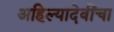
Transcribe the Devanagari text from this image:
अहिल्यादेवींचा